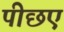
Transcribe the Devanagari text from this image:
पीछए